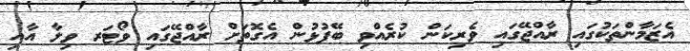
އެޒަމާންތަކުގައި ރާއްޖޭގައި ވެރިކަން ކުރެއްވި ބޭފުޅުން އެގޮތަށް ރާއްޖޭގައި ވޯޓަރ ވިލާ އާއި